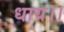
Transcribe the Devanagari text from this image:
धाय।।